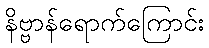
နိဗ္ဗာန်ရောက်ကြောင်း